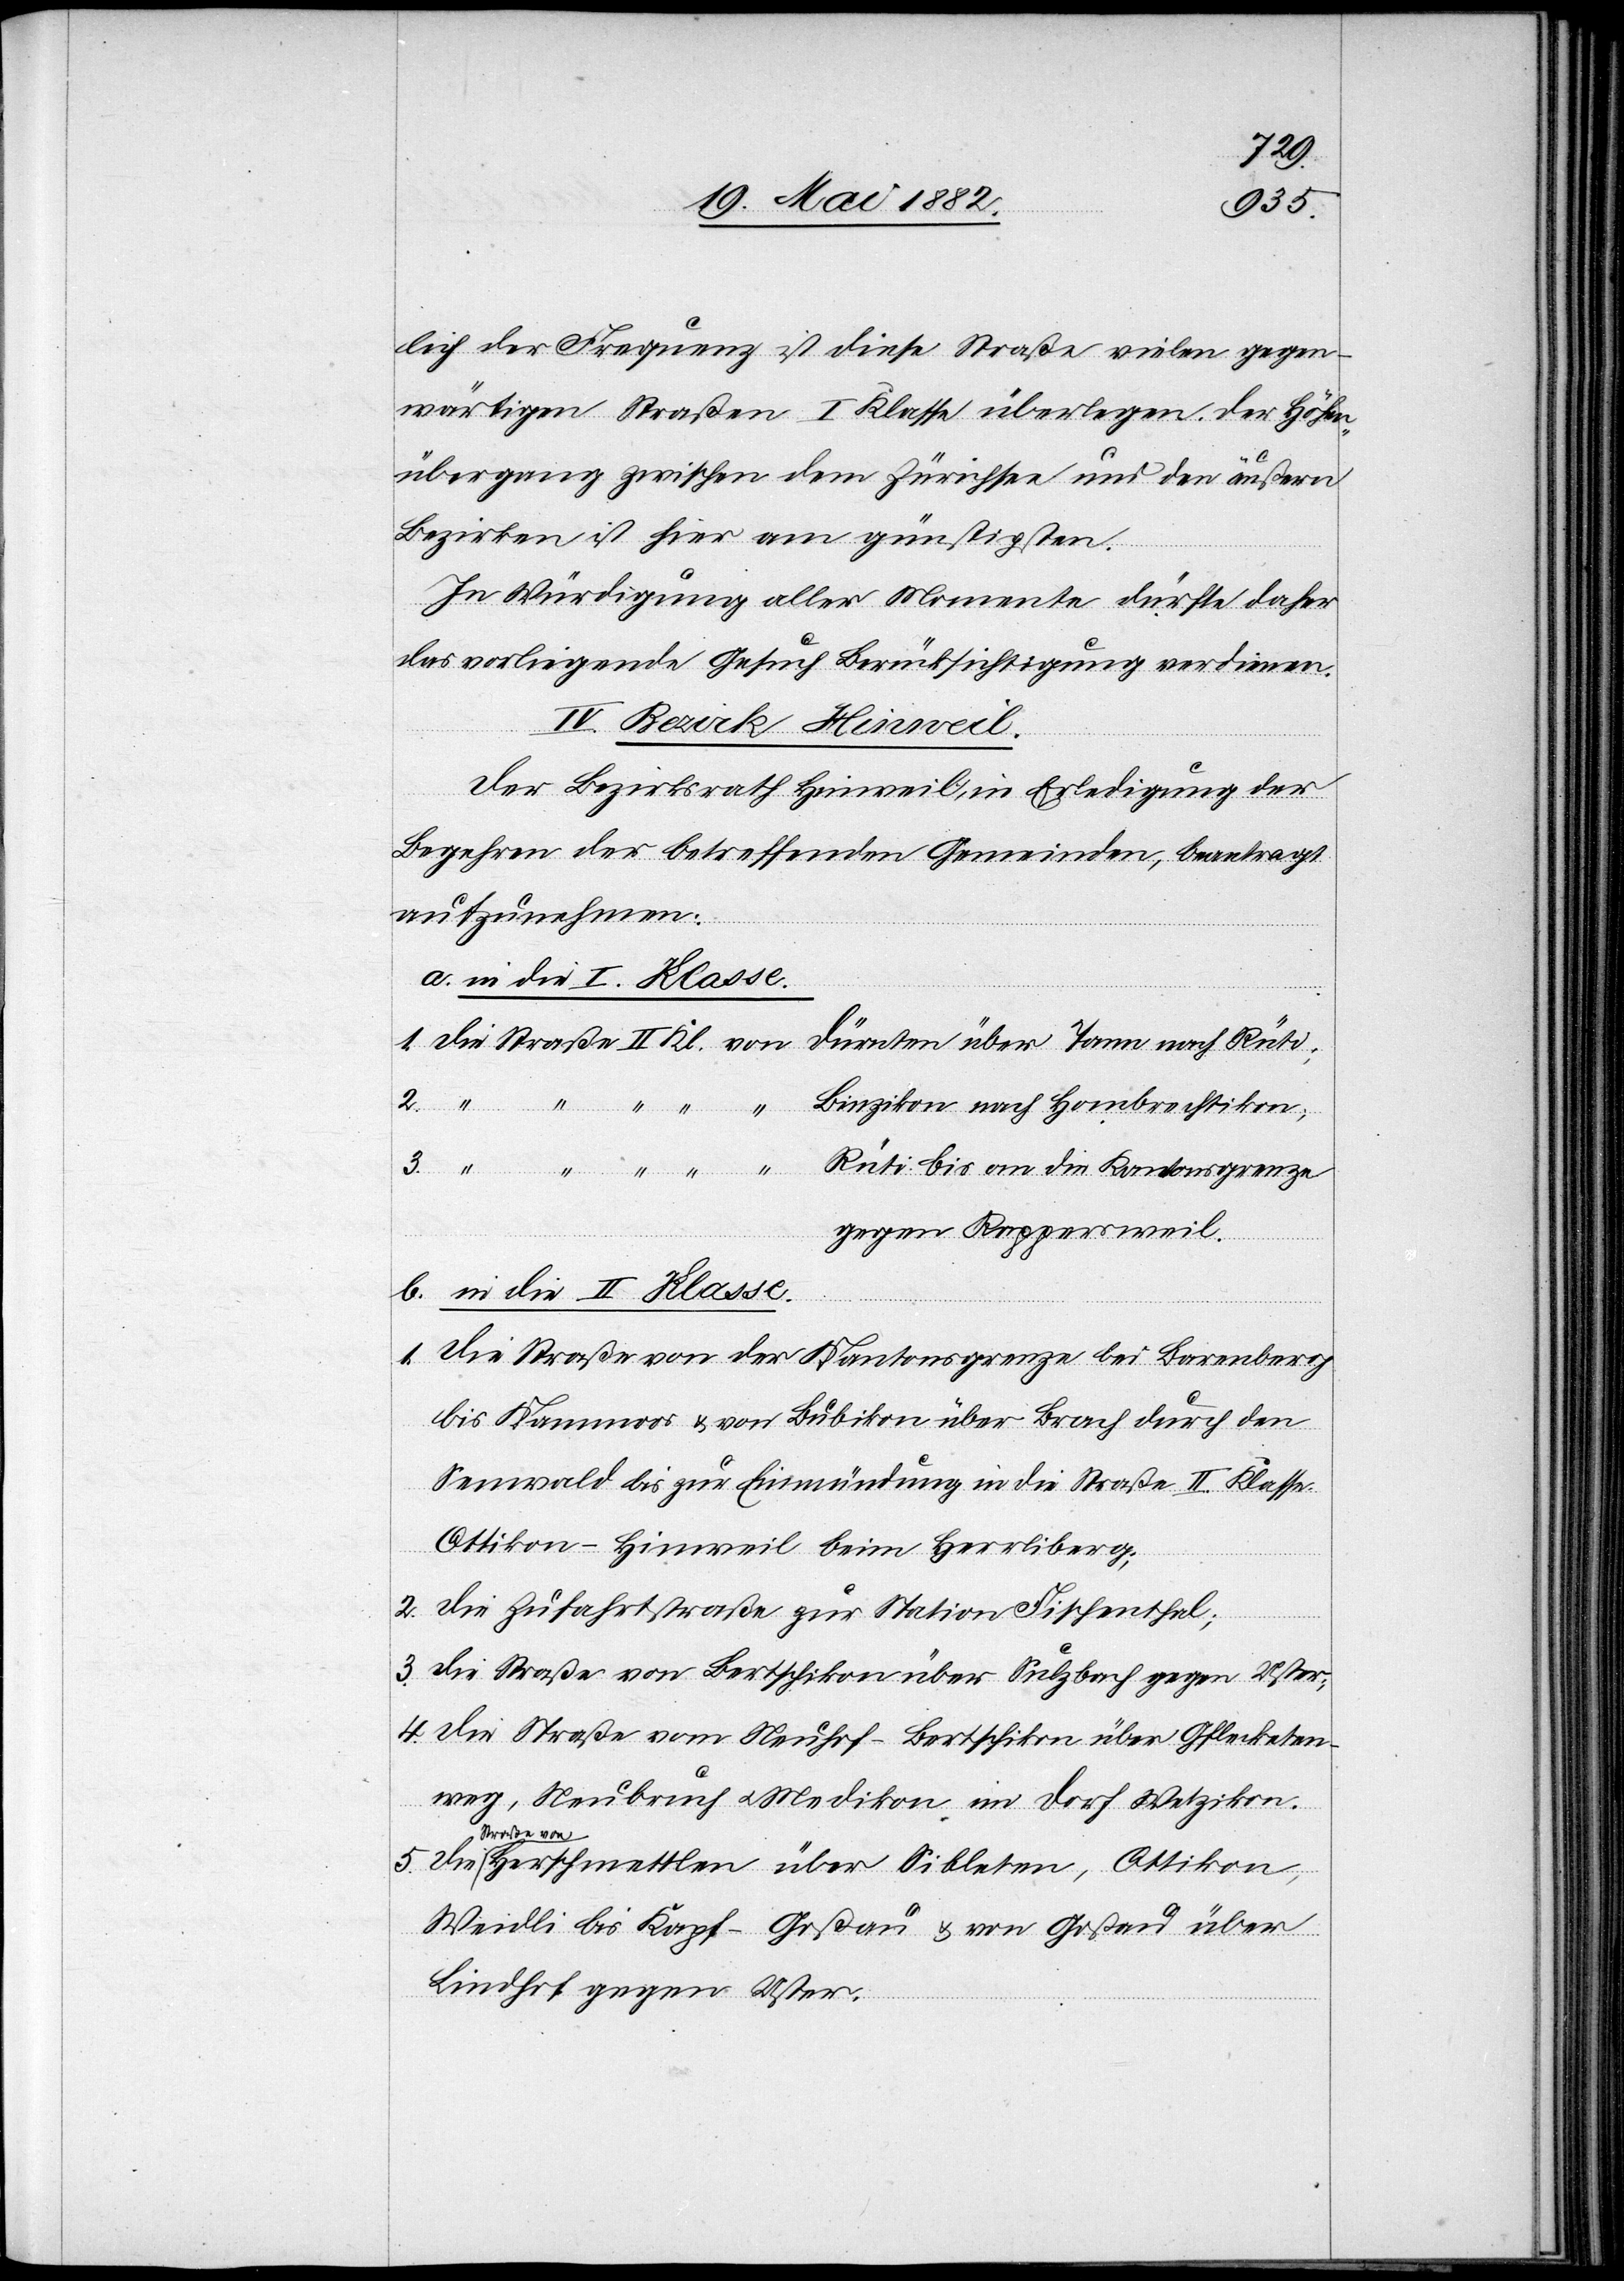
3.
lich der Frequenz ist diese Straße vielen gegen¬
wärtigen Straßen I. Klasse überlegen. Der Höhen¬
übergang zwischen dem Zürichsee und den äußern
Bezirken ist hier am günstigsten.
In Würdigung aller Momente dürfte daher
das vorliegende Gesuch berücksichtigt werden.
IV. Bezirk Hinweil.
Der Bezirksrath Hinweil, in Erledigung der
Begehren der betreffenden Gemeinden, beantragt
aufzunehmen:
a. in die I. Klasse.
gegen Rappersweil.
b. in die II. Klasse.
1. Die Straße von der Kantonsgrenze bei Barenberg
bis Kämmoos & von Bubikon über Brach durch den
Sennwald bis zur Einmündung in die Straße II. Klasse
Ottikon–Hinweil beim Herrliberg;
2. Die Zufahrtsstraße zur Station Fischenthal;
3. Die Straße von Bertschikon über Sulzbach gegen Uster;
4. Die Straße vom Neuhof - Bertschikon über Gflecketen¬
weg, Neubruch u. Medikon im Dorf Wetzikon.
Straße vo¬
n Herschmettlen über Sibleten, Ottikon,
Weidli bis Kapf - Goßau & von Goßau über
Lindhof gegen Uster.